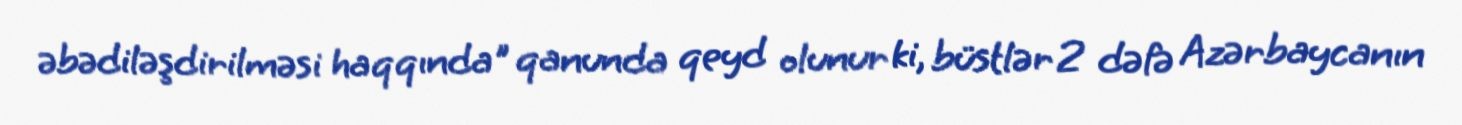
əbədiləşdirilməsi haqqında" qanunda qeyd olunur ki, büstlər 2 dəfə Azərbaycanın